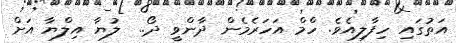
އަތުގައި ހިފާލިއެވެ. ހްމް އަހަރެމެން ދާންވީ ދޯ..  ލުޔާ އިލްޔާ އަށް